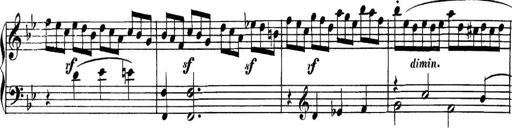
Title: Collected Piano Sonatas
Composer: Muzio Clementi